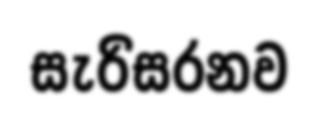
සැරිසරනව